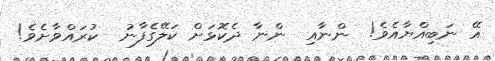
އޭ ނަބިއްޔާއެވެ!  ންނާއި  ންނާ ދެކޮޅަށް ކަލޭގެފާނު  ކުރައްވާށެވެ!